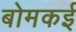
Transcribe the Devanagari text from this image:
बोमकई